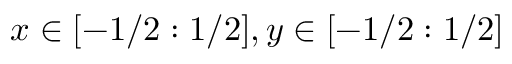
x \in [ - 1 / 2 : 1 / 2 ] , y \in [ - 1 / 2 : 1 / 2 ]